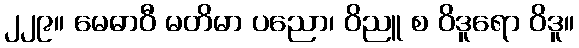
၂၂၉။ မေဓာဝီ မတိမာ ပညော၊ ဝိညူ စ ဝိဒူရော ဝိဒူ။